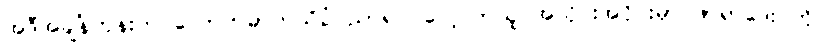
အဲဒီအချိန်တုန်းက လောကဓာတ်သိပ္ပံပညာရပ် လေ့လာသူ အသိုင်းအဝိုင်းမှာ ဖာရာဒေး ကို